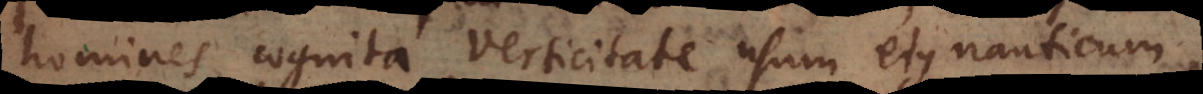
homines cognita verticitate usum ejus nauticum